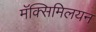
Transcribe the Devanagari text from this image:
मॅक्सिमिलयन